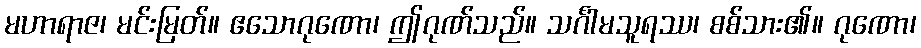
မဟာရာဇ၊ မင်းမြတ်။ ဧသောဂုဏော၊ ဤဂုဏ်သည်။ သင်္ဂါမသူရဿ၊ စစ်သား၏။ ဂုဏော၊